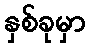
နှစ်ခုမှာ